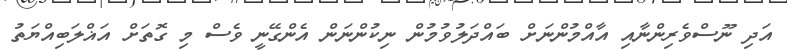
އަދި ނޫސްވެރިންނާއި އާއްމުންނަށް ބައްދަލުވުމުން ނިކުންނަން އެންގޭނީ ވެސް މި ގޮތަށް އަޣްލަބިއްޔަތު